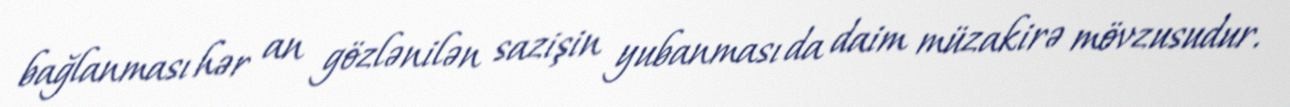
bağlanması hər an gözlənilən sazişin yubanması da daim müzakirə mövzusudur.